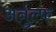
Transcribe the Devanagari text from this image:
अर्नुल्फ